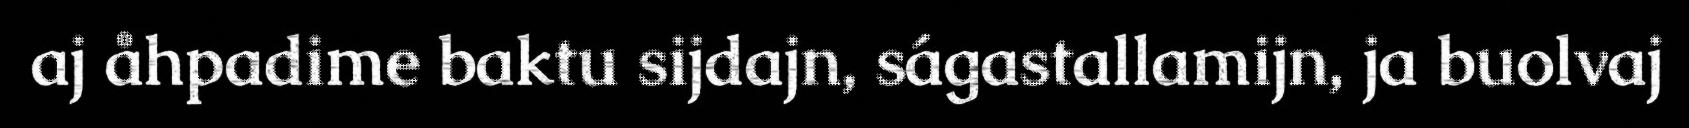
aj åhpadime baktu sijdajn, ságastallamijn, ja buolvaj